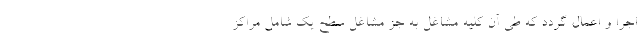
اجرا و اعمال گردد که طی آن کلیه مشاغل به جز مشاغل سطح یک شامل مراکز